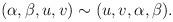
LaTeX: \begin{align*}(\alpha,\beta,u,v)\sim(u,v,\alpha,\beta).\end{align*}